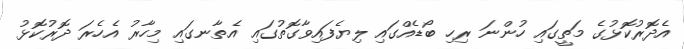
އެދޮރުކޮޅުގެ މަތީގައި ހުންނަ ރިހި ބޯޑެއްގައި ލިޔެފައިވާގޮތުގައި އެތާނގައި މިހާރު އެހެރަ ދޮރުކޮޅު